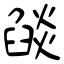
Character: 燄